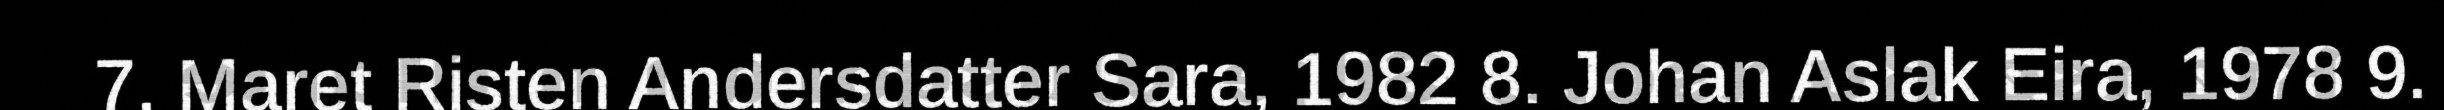
7. Maret Risten Andersdatter Sara, 1982 8. Johan Aslak Eira, 1978 9.